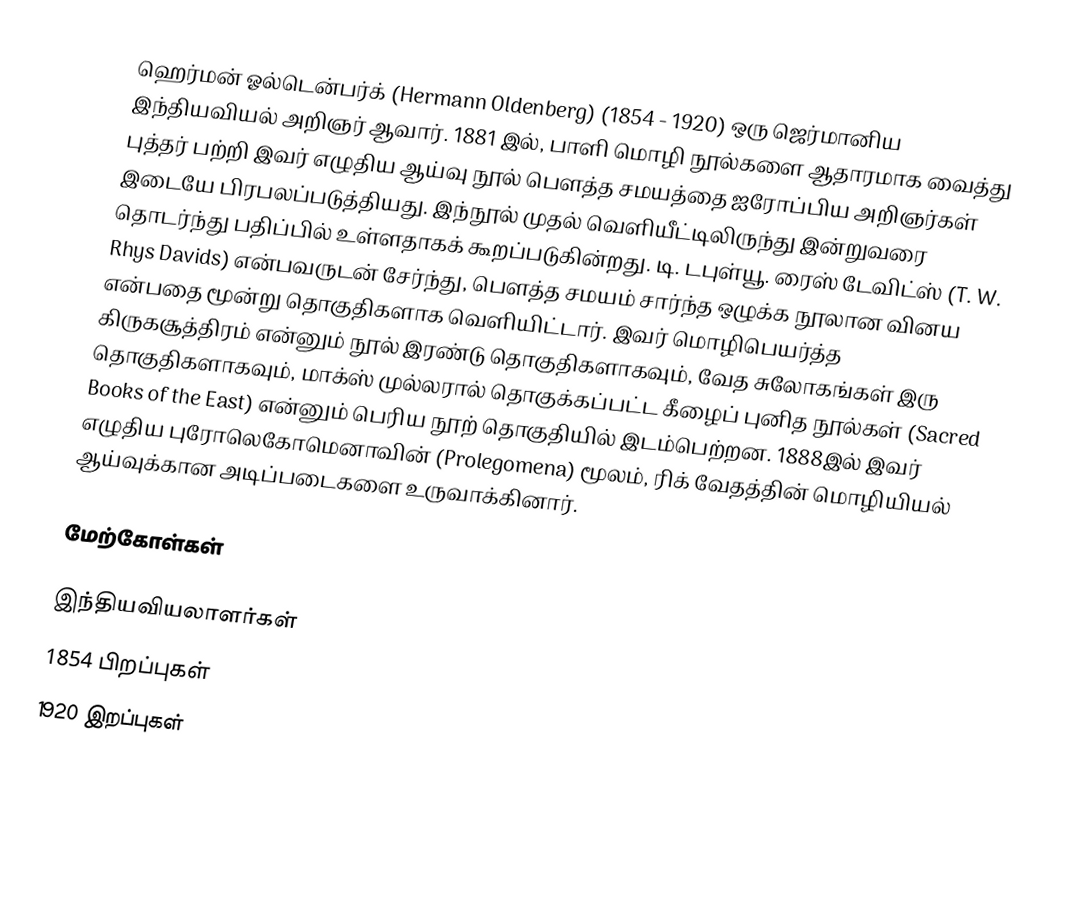
ஹெர்மன் ஓல்டென்பர்க் (Hermann Oldenberg) (1854 - 1920) ஒரு ஜெர்மானிய இந்தியவியல் அறிஞர் ஆவார். 1881 இல், பாளி மொழி நூல்களை ஆதாரமாக வைத்து புத்தர் பற்றி இவர் எழுதிய ஆய்வு நூல் பௌத்த சமயத்தை ஐரோப்பிய அறிஞர்கள் இடையே பிரபலப்படுத்தியது. இந்நூல் முதல் வெளியீட்டிலிருந்து இன்றுவரை தொடர்ந்து பதிப்பில் உள்ளதாகக் கூறப்படுகின்றது. டி. டபுள்யூ. ரைஸ் டேவிட்ஸ் (T. W. Rhys Davids) என்பவருடன் சேர்ந்து, பௌத்த சமயம் சார்ந்த ஒழுக்க நூலான வினய என்பதை மூன்று தொகுதிகளாக வெளியிட்டார். இவர் மொழிபெயர்த்த கிருகசூத்திரம் என்னும் நூல் இரண்டு தொகுதிகளாகவும், வேத சுலோகங்கள் இரு தொகுதிகளாகவும், மாக்ஸ் முல்லரால் தொகுக்கப்பட்ட கீழைப் புனித நூல்கள் (Sacred Books of the East) என்னும் பெரிய நூற் தொகுதியில் இடம்பெற்றன. 1888இல் இவர் எழுதிய புரோலெகோமெனாவின் (Prolegomena) மூலம், ரிக் வேதத்தின் மொழியியல் ஆய்வுக்கான அடிப்படைகளை உருவாக்கினார்.

மேற்கோள்கள்

இந்தியவியலாளர்கள்
1854 பிறப்புகள்
1920 இறப்புகள்